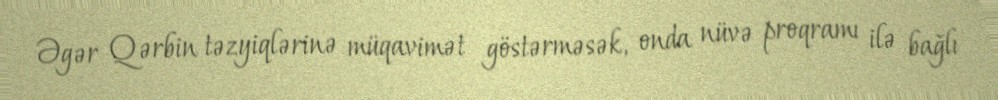
Əgər Qərbin təzyiqlərinə müqavimət göstərməsək, onda nüvə proqramı ilə bağlı